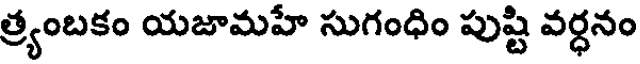
త్ర్యంబకం యజామహే సుగంధిం పుష్టి వర్ధనం